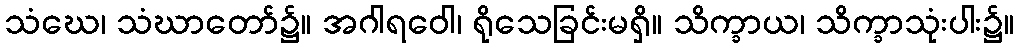
သံဃေ၊ သံဃာတော်၌။ အဂါရဝေါ၊ ရိုသေခြင်းမရှိ။ သိက္ခာယ၊ သိက္ခာသုံးပါး၌။